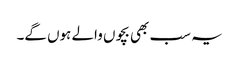
یہ سب بھی بچوں والے ہوں گے۔